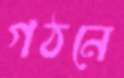
গঠনে